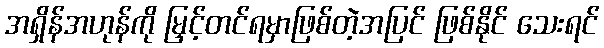
အရှိန်အဟုန်ကို မြှင့်တင်ရမှာဖြစ်တဲ့အပြင် ဖြစ်နိုင် သေးရင်